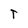
Character: T